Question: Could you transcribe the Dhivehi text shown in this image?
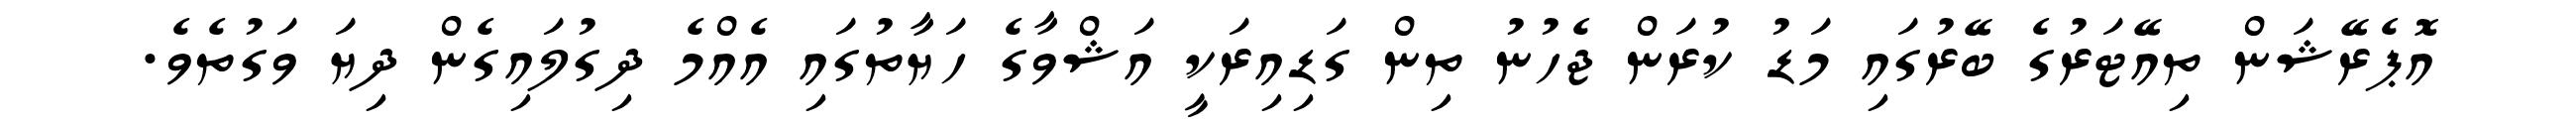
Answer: އޮޕެރޭޝަން ތިއޭޓަރުގެ ބޭރުގައި މަޑު ކުރަން ޖެހުނު ތިން ގަޑިއިރަކީ އަޝްވާގެ ހަޔާތުގައި އެއްމެ ދިގުލައިގެން ދިޔަ ވަގުތެވެ.